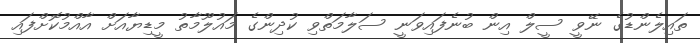
ތައިލެންޑުގެ ނޭވީ ސީލް އިން ބުނެފައިވަނީ ސަލާމަތްވި ކުދިންގެ މައުލޫމާތު މީޑިޔާއަށް އާއްމުކޮށްފައި